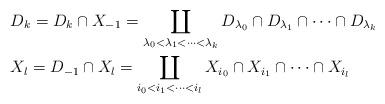
LaTeX: \begin{align*}&D_k=D_k \cap X_{-1}=\coprod_{\lambda_0 < \lambda_1 < \cdots < \lambda_k}D_{\lambda_0} \cap D_{\lambda_1} \cap \cdots \cap D_{\lambda_k} \\&X_l=D_{-1} \cap X_l=\coprod_{i_0 < i_1 < \cdots < i_l}X_{i_0} \cap X_{i_1} \cap \cdots \cap X_{i_l}\end{align*}